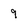
Character: 9